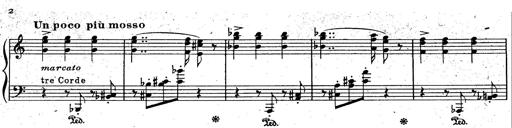
Title: God Save the Queen
Composer: Charles LÃ©on Hess
Key: A major